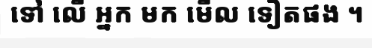
ទៅ លើ អ្នក មក មើល ទៀតផង ។